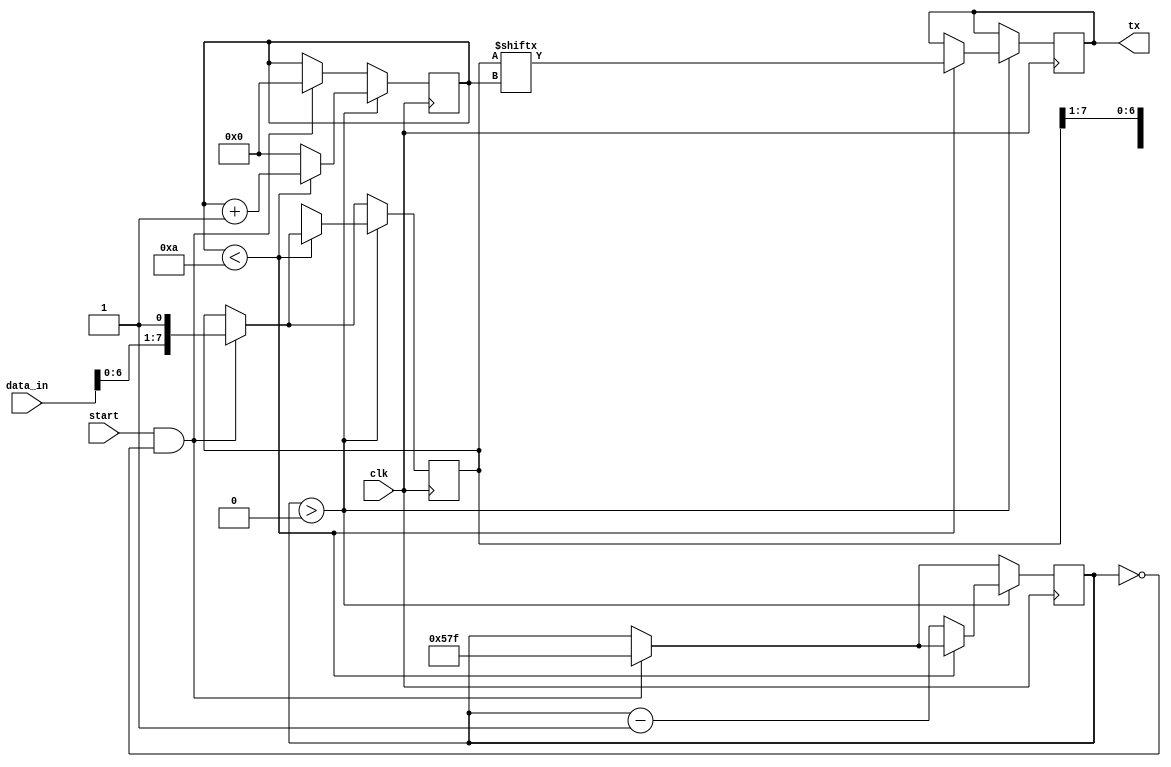
module uart_transmitter (
    input wire clk,
    input wire start,
    input wire [7:0] data_in,
    output reg tx
);

reg [10:0] count;
reg [3:0] bit_count;
reg [7:0] shift_reg;
reg start_bit;
reg stop_bit;

parameter BAUD_RATE = 9600;

always @(posedge clk) begin
    if (start && count == 0) begin
        shift_reg <= {start_bit, data_in, stop_bit};
        count <= BAUD_RATE - 1;
        bit_count <= 0;
    end

    if (count > 0) begin
        if (bit_count < 10) begin
            tx <= shift_reg[bit_count];
            bit_count <= bit_count + 1;
        end else begin
            shift_reg <= {1'b1, shift_reg[9:1]};
            count <= count - 1;
            bit_count <= 0;
        end
    end
end

assign start_bit = 1'b0;
assign stop_bit = 1'b1;

endmodule